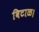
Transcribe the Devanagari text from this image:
विटाळ।